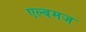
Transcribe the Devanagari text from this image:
एल्बमज